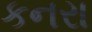
કનરા